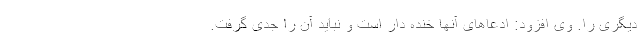
دیگری را. وی افزود: ادعاهای آنها خنده دار است و نباید آن را جدی گرفت.